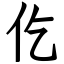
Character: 仡